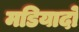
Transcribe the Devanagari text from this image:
मडियादो